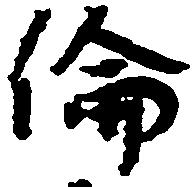
倫